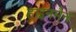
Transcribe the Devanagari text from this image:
हाइनमैन